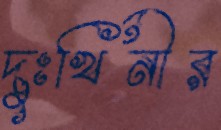
দুঃখিনীর